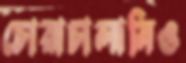
চোরাচালানিও